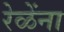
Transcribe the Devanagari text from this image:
रेळेंना